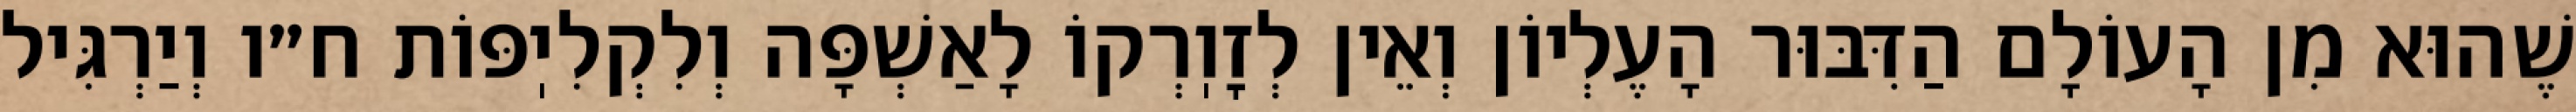
שֶׁהוּא מִן הָעוֹלָם הַדִּבּוּר הָעֶלְיוֹן וְאֵין לְזׇוֽרְקוֹ לָאַשְׁפָּה וְלִקְלִיֽפּוֹת ח״ו וְיַרְגִּיל